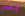
بسر